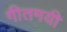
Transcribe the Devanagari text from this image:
गीतमयी